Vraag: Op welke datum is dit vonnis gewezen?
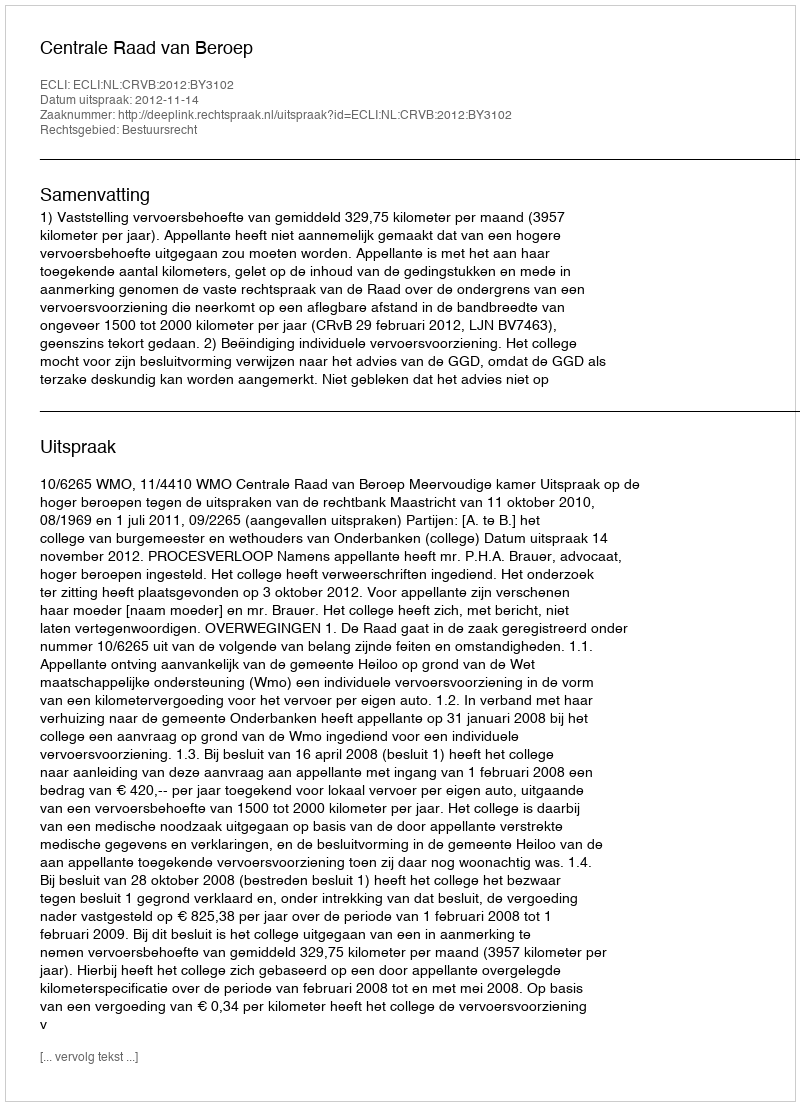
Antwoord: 2012-11-14